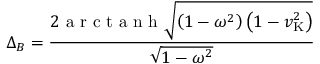
\Delta _ { B } = { \frac { 2 { \textrm { a r c t a n h } } { \sqrt { \left( 1 - \omega ^ { 2 } \right) \left( 1 - v _ { \mathrm { K } } ^ { 2 } \right) } } } { \sqrt { 1 - \omega ^ { 2 } } } }